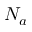
N _ { a }